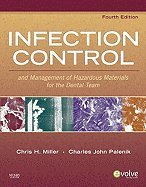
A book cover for Infection Control & Management of Hazardous Materials for the Dental Team, 4TH EDITION; Chris H. Miller BA MS PhD; Medical Books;